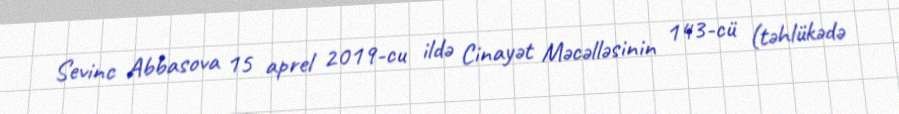
Sevinc Abbasova 15 aprel 2019-cu ildə Cinayət Məcəlləsinin 143-cü (təhlükədə